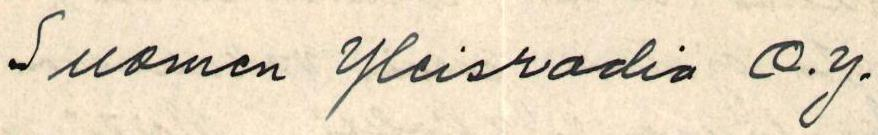
Suomen Yleisradio O.Y.